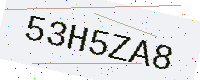
Text: 53H5ZA8